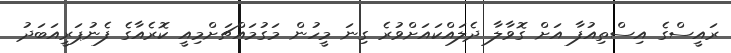
ރައީސްގެ އިސްތިއުފާ އަށް ގޮވާލާ ދެލައްކައަށްވުރެ ގިނަ މީހުން މަގުމައްޗަށްމިއީ ކޮރެއާގެ ފެނުޕަރީއަބަދު